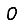
Digit: 0